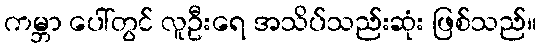
ကမ္ဘာ ပေါ်တွင် လူဦးရေ အသိပ်သည်းဆုံး ဖြစ်သည်။